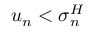
u _ { n } < \sigma _ { n } ^ { H }